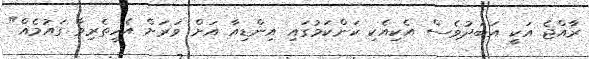
ރާއްޖެ އަކީ އަބަދުވެސް އެކިއެކި ކަންކަމުގައި އިންޑިއާ އަށް ވަރަށް އެހީތެރިވާ ގައުމެއް"